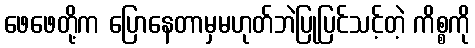
ဖေဖေတို့က ပြောနေတာမှမဟုတ်ဘဲပြုပြင်သင့်တဲ့ ကိစ္စကို